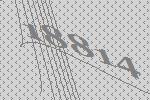
18814